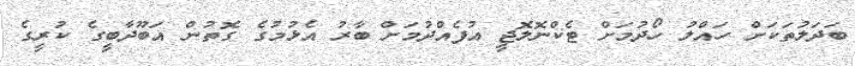
ބަދަލުތަކަށް ހައްލު ހޯދުމަށް ޓެކްނޮލޮޖީ އުފެއްދުމަށް ބާރު އެޅުމުގެ ގޮތުން އަބޫދާބީގެ ކުރީގެ